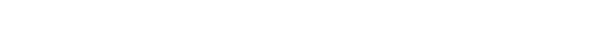
ဘုရားပွင့်ရာ ကာလမည်၏။ တဒါပန၊ ထိုကြည့်ရှုသော ကာလ၌။